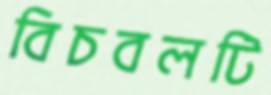
বিচবলটি